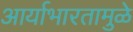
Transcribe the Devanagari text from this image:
आर्याभारतामुळे